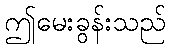
ဤမေးခွန်းသည်